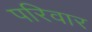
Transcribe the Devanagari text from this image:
परिवार